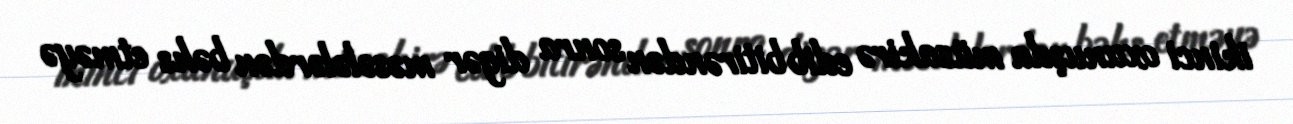
ikinci oxunuşda müzakirə edib bitirəndən sonra digər məsələlərdən bəhs etməyə